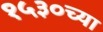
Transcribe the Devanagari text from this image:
१५३०च्या